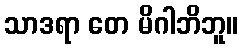
သာဒရာ တေ မိဂါဘိဘူ။